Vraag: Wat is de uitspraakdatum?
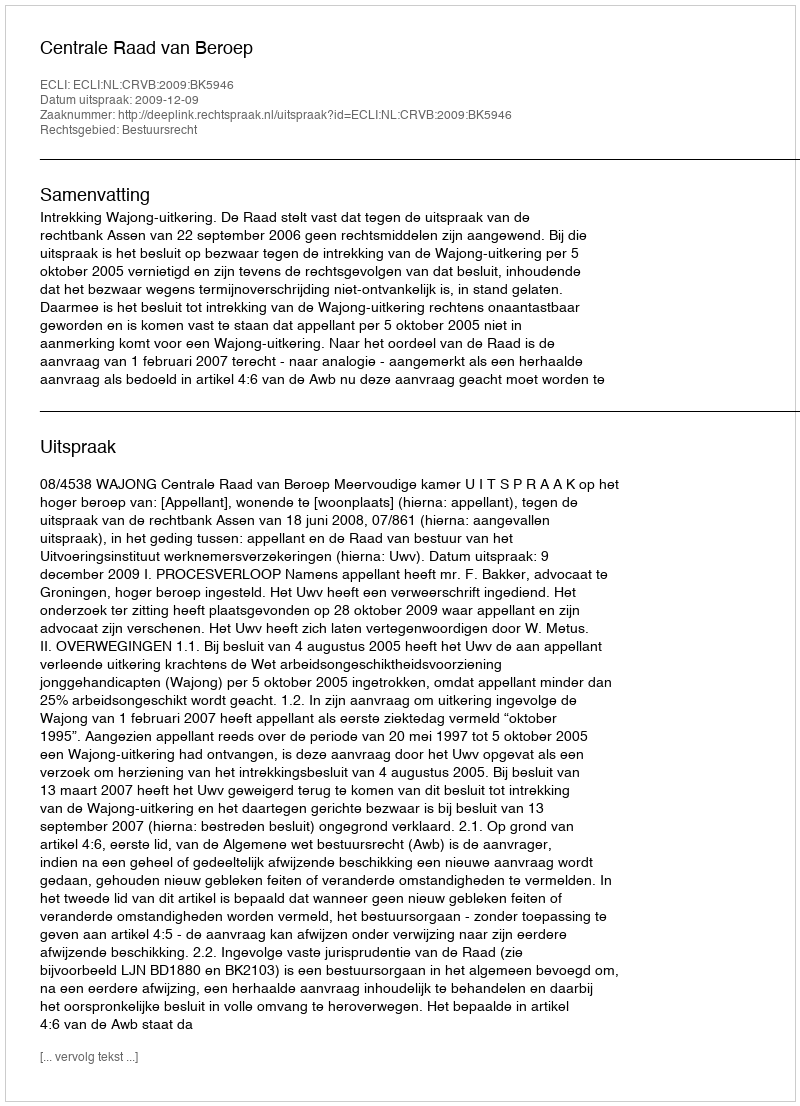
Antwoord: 2009-12-09